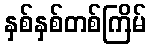
နှစ်နှစ်တစ်ကြိမ်